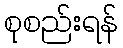
စုစည်းရန်